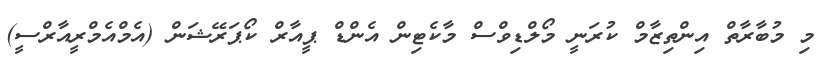
މި މުބާރާތް އިންތިޒާމް ކުރަނީ މޯލްޑިވްސް މާކެޓިން އެންޑް ޕީއާރް ކޯޕަރޭޝަން (އެމްއެމްރީއާރްސީ)